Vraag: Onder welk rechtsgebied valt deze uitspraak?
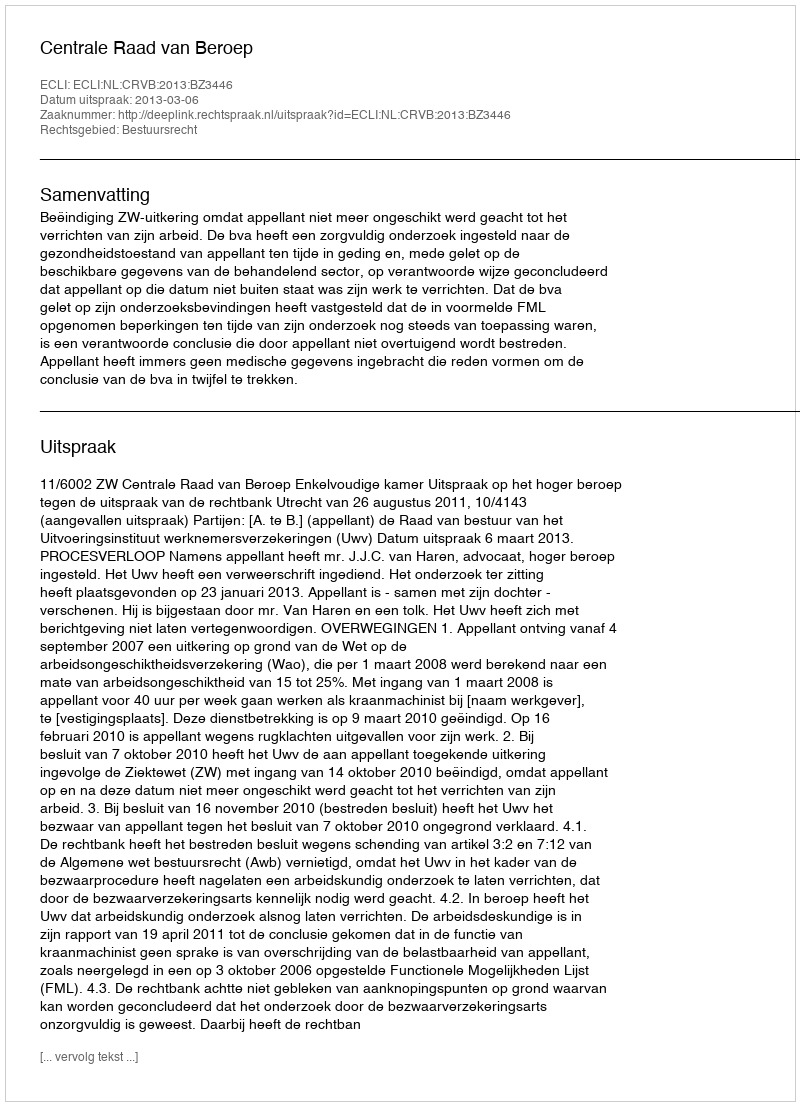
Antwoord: Bestuursrecht